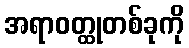
အရာဝတ္ထုတစ်ခုကို